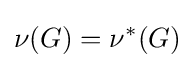
\nu (G)=\nu ^{*}(G)